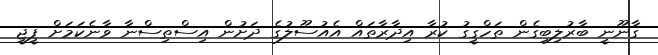
ގާނޫނީ ބާރުލިބިގެން ތަހްގީގު ކުރާ އިދާރާތައް އެއުސޫލުގެ ދަށުން އިސްތިސްނާ ވާނެކަމަށް ޕީޖީ